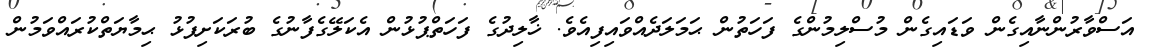
އަސްވާރުންނާއިގެން ވަޑައިގެން މުސްލިމުންގެ ފަހަތުން ޙަމަލަދެއްވައިފިއެވެ. ޚާލިދުގެ ފަހަތްޕުޅުން އެކަލޭގެފާނުގެ ބުރަކަށިފުޅު ޙިމާޔަތްކުރައްވަމުން